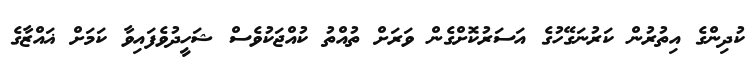
ކުދިންގެ އިތުރުން ކަރުނަގޭހުގެ އަސަރުކޮށްގެން ވަރަށް ތުއްތު ކުއްޖަކުވެސް ޝަހީދުވެފައިވާ ކަމަށް ޣައްޒާގެ